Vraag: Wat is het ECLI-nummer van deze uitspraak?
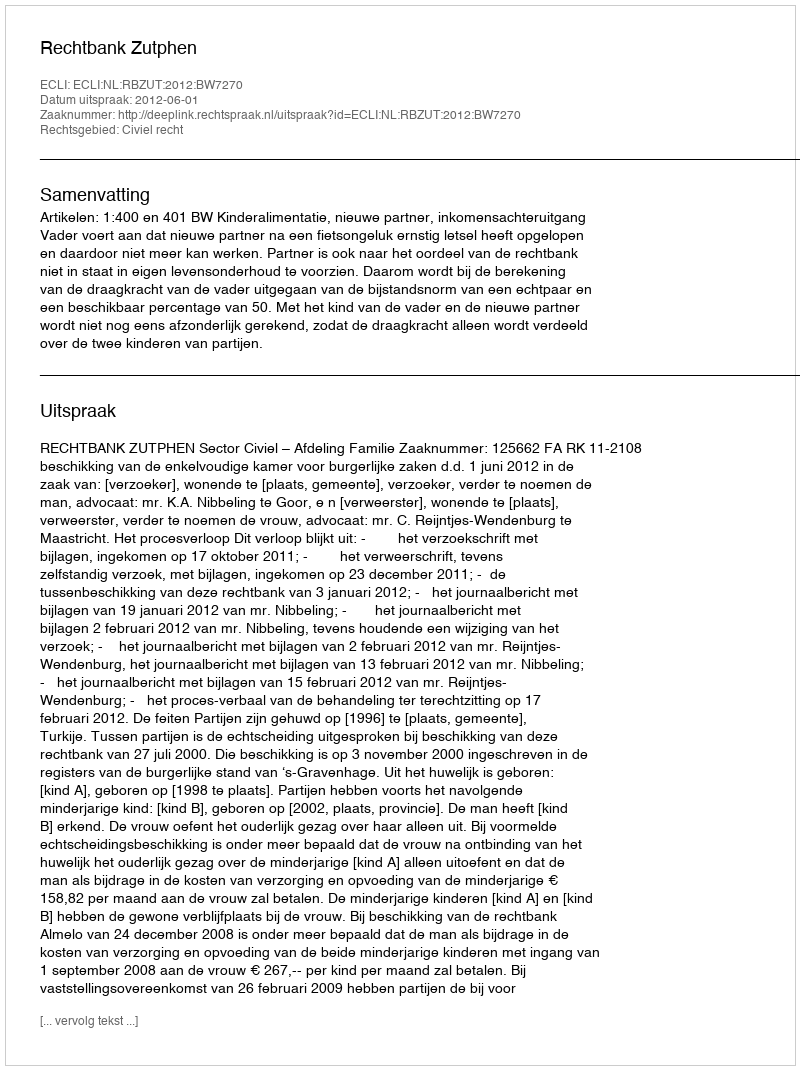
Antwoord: ECLI:NL:RBZUT:2012:BW7270